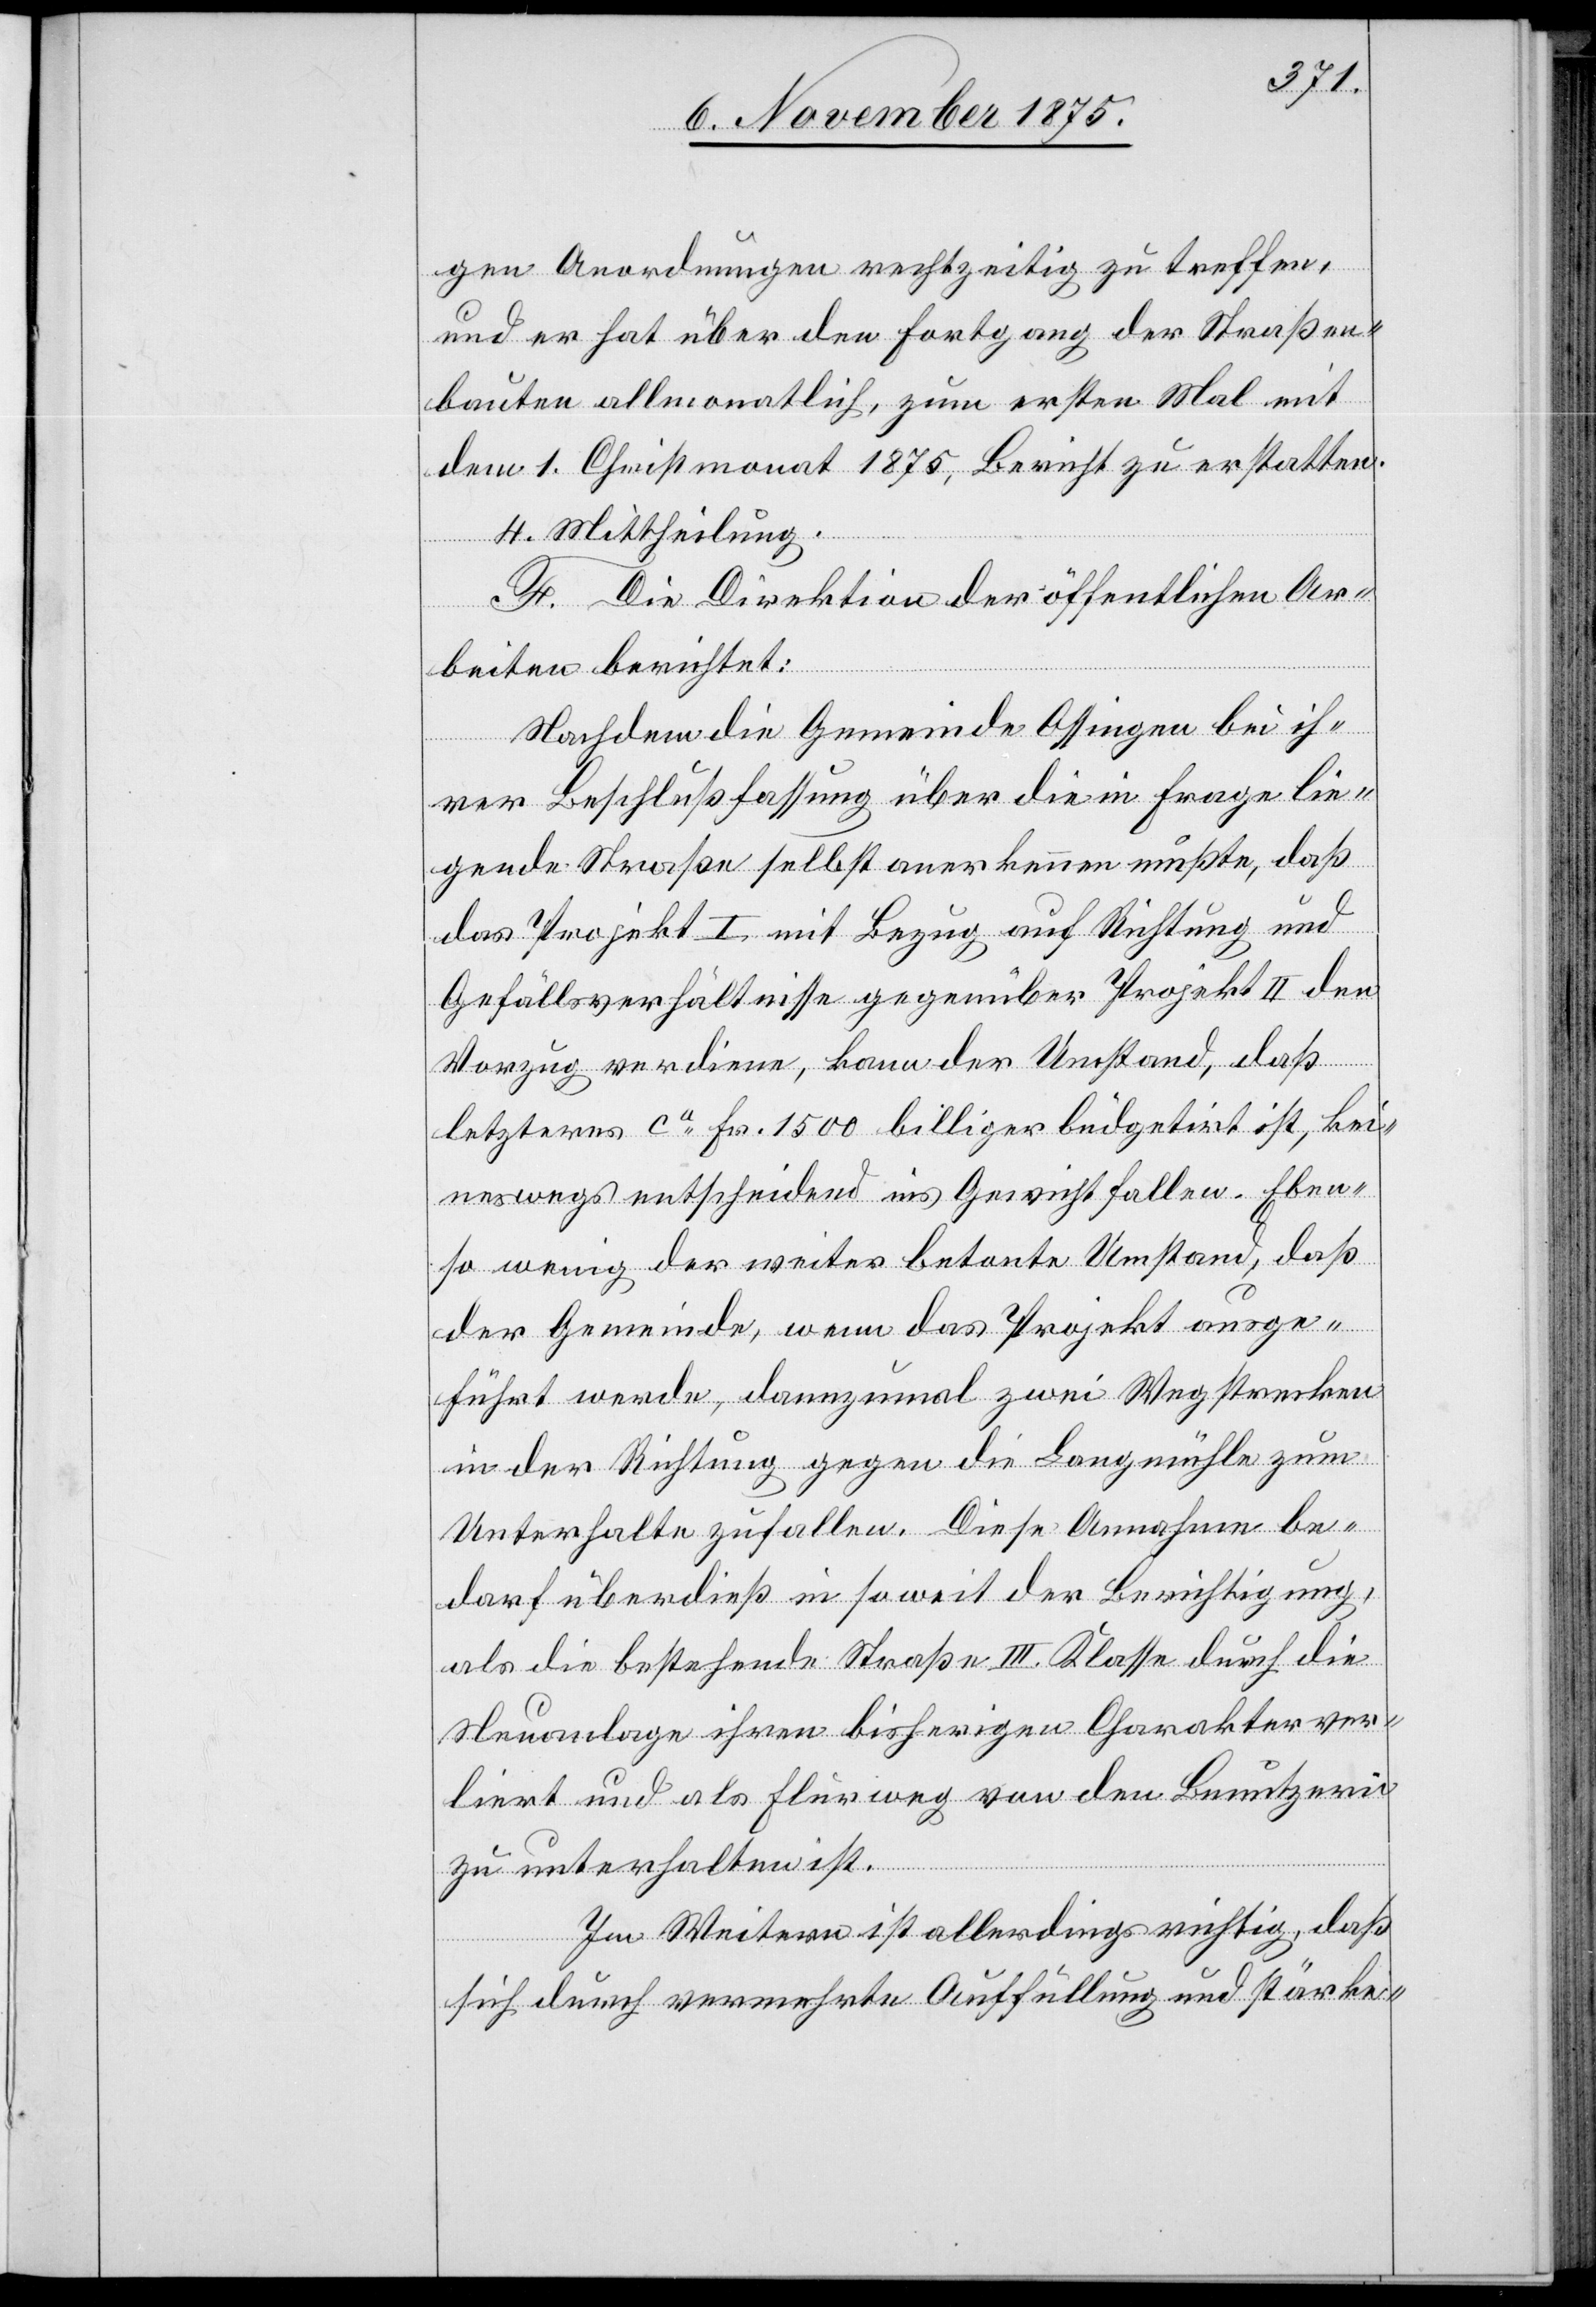
gen Anordnungen rechtzeitig zu treffen,
und er hat über den Fortgang der Straßen¬
bauten allmonatlich, zum ersten Mal mit
dem 1. Christmonat 1875, Bericht zu erstatten.
4. Mittheilung.
F. Die Direktion der öffentlichen Ar¬
beiten berichtet:
Nachdem die Gemeinde Ossingen bei ih¬
rer Beschlußfassung über die in Frage lie¬
gende Straße selbst anerkennen mußte, daß
das Projekt I mit Bezug auf Richtung und
Gefällsverhältnisse gegenüber Projekt II den
Vorzug verdiene, kann der Umstand, daß
letzteres ca Fr. 1500 billiger büdgetirt ist, kei¬
neswegs entscheidend ins Gewicht fallen. Eben¬
so wenig der weiter betonte Umstand, daß
der Gemeinde, wenn das Projekt ausge¬
führt werde, dannzumal zwei Wegstrecken
in der Richtung gegen die Langmühle zum
Unterhalte zufallen. Diese Annahme be¬
darf überdieß in soweit der Berichtigung,
als die bestehende Straße III. Klasse durch die
Neuanlage ihren bisherigen Charakter ver¬
liert und als Flurweg von den Benutzern
zu unterhalten ist.
Im Weitern ist allerdings richtig, daß
sich durch vermehrte Auffüllung und stärke-